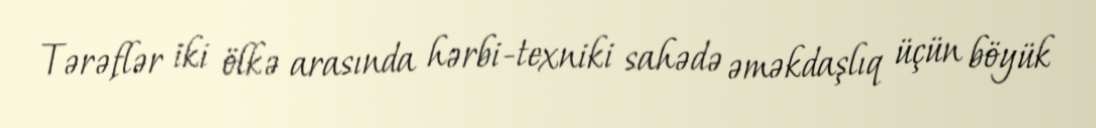
Tərəflər iki ölkə arasında hərbi-texniki sahədə əməkdaşlıq üçün böyük